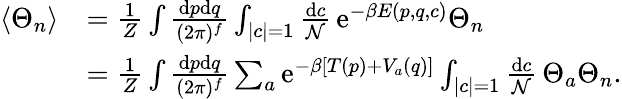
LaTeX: \begin{array}{rl}{\langle\Theta_{n}\rangle}&{=\frac{1}{Z}\int\frac{\mathrm{d}p\mathrm{d}q}{(2\pi)^{f}}\int_{|c|=1}\frac{\mathrm{d}c}{\mathcal{N}}\, \mathrm{e}^{-\beta E(p,q,c)}\Theta_{n}}\\ &{=\frac{1}{Z}\int\frac{\mathrm{d}p\mathrm{d}q}{(2\pi)^{f}}\sum_{a}\mathrm{e}^{-\beta[T(p)+V_{a}(q)]}\int_{|c|=1}\frac{\mathrm{d}c}{\mathcal{N}}\, \Theta_{a}\Theta_{n}.}\end{array}